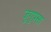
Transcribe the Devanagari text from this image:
जुगुपसा